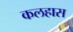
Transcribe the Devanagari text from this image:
कलहास